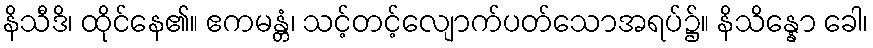
နိသီဒိ၊ ထိုင်နေ၏။ ဧကမန္တံ၊ သင့်တင့်လျောက်ပတ်သောအရပ်၌။ နိသိန္နော ခေါ၊